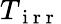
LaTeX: T_{\mathrm{~i~r~r~}}